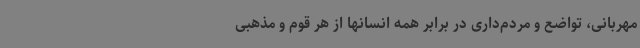
مهربانی، تواضع و مردم‌داری در برابر همه انسانها از هر قوم و مذهبی